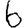
Digit: 6